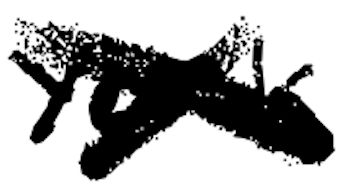
Text: York.
Cross-out: cross
Writing tool: digital_black